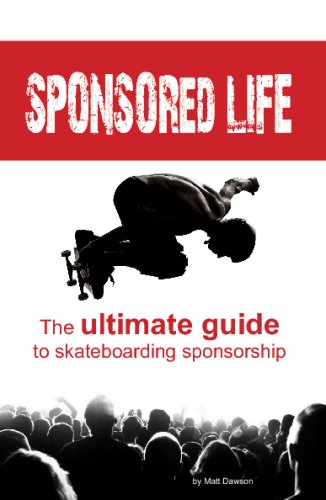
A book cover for Sponsored Life: The Ultimate Guide To Skateboarding Sponsorship; Matt Dawson; Sports & Outdoors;